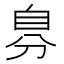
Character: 𮍔